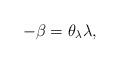
LaTeX: \begin{align*}-\beta=\theta_{\lambda} \lambda,\end{align*}